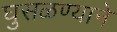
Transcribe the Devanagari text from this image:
घुसळण्याने